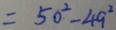
= 5 0 ^ { 2 } - 4 9 ^ { 2 }